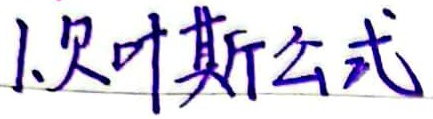
1.贝叶斯公式